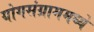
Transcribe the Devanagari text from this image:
योगसंग्राममध्ये